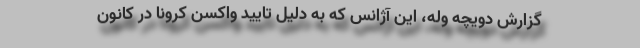
گزارش دویچه وله، این آژانس که به دلیل تایید واکسن کرونا در کانون